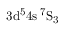
\mathrm { 3 d ^ { 5 } 4 s \, ^ { 7 } S _ { 3 } }